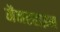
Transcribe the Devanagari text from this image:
मैनरहाइम